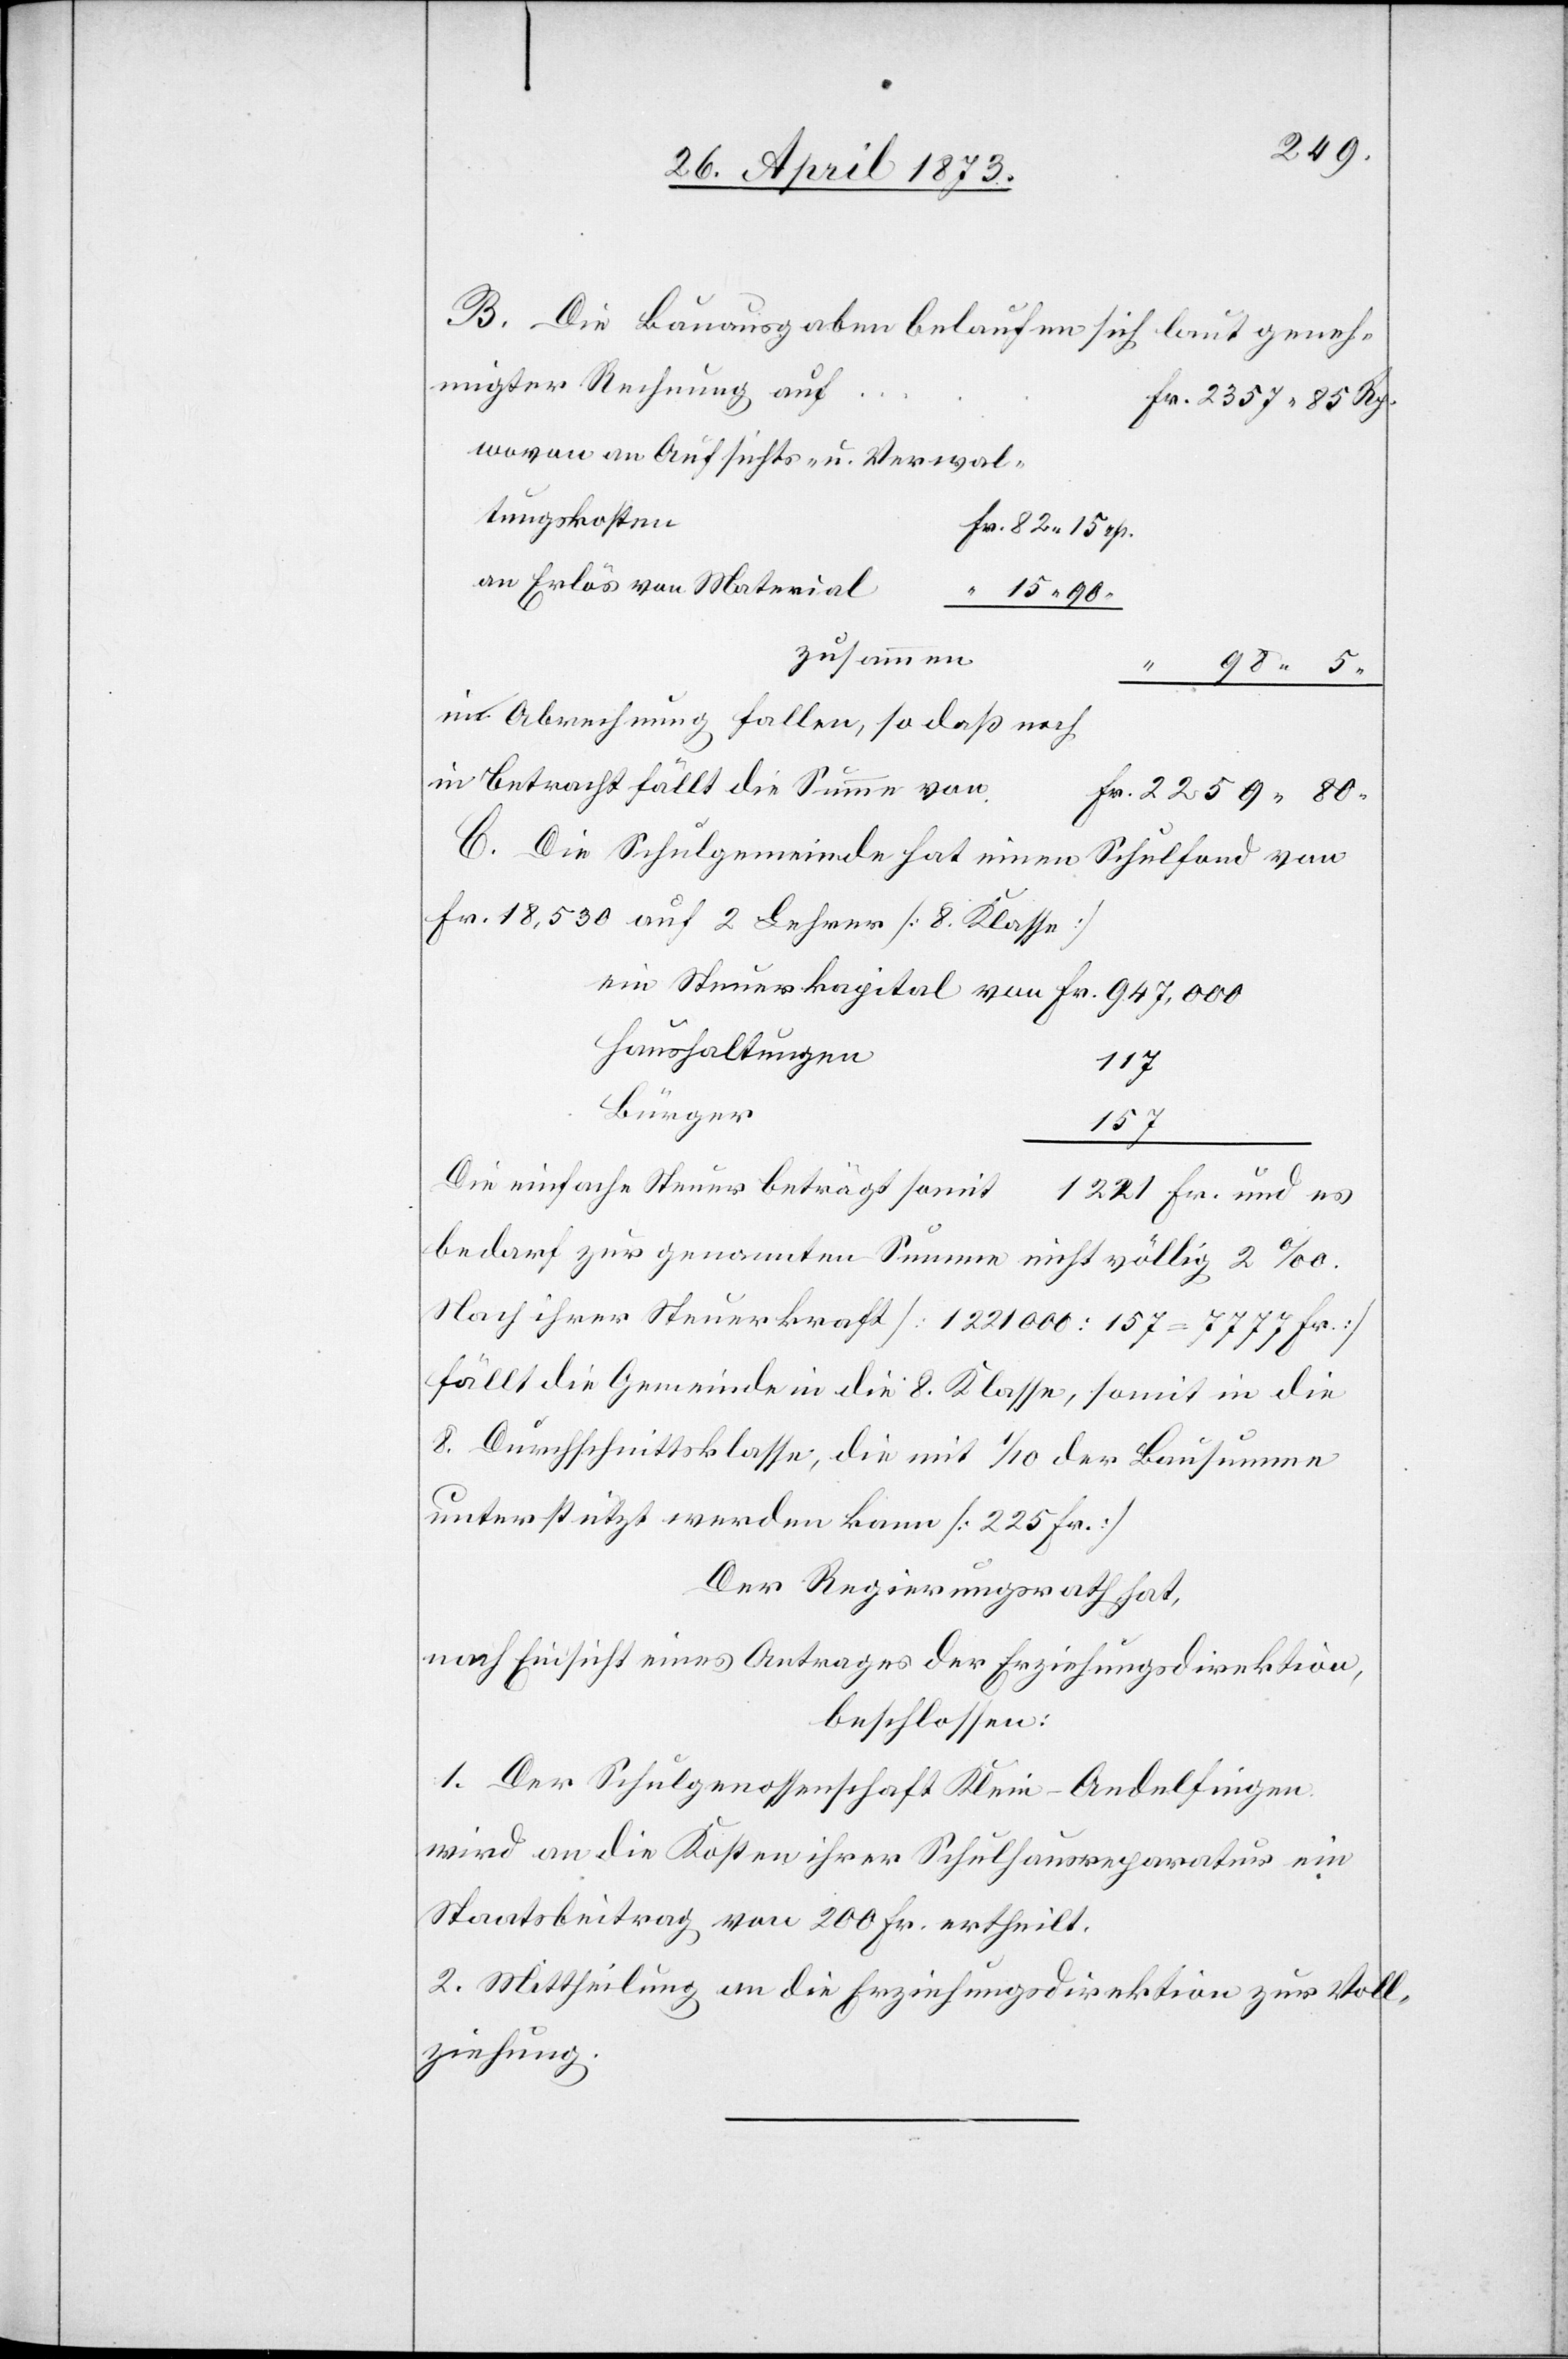
259
B. Die Bauausgaben belaufen sich laut geneh¬
migter Rechnung auf
2357 85 Rp.
wovon an Aufsichts- u. Verwal¬
tungskosten
zusammen
98 5
in Abrechnung fallen, so daß noch
in Betracht fällt die Summe von
C. Die Schulgemeinde hat einen Schulfond von
Fr. 18,530 auf 2 Lehrer [8. Klasse]
Fr.
Haushaltungen
117
Bürger
157
Die einfache Steuer beträgt somit 1 221 Fr. und es
bedarf zur genannten Summe nicht völlig 2‰.
Nach ihrer Steuerkraft [1 221 000 : 157 = 777 Fr.]
fällt die Gemeinde in die 8. Klasse, somit in die
8. Durchschnittsklasse, die mit 1/10 der Bausumme
unterstützt werden kann [225 Fr.]
Der Regierungsrath hat,
nach Einsicht eines Antrages der Erziehungsdirektion,
beschlossen:
1. Der Schulgenossenschaft Klein-Andelfingen
wird an die Kosten ihrer Schulhausreparatur ein
Staatsbeitrag von 200 Fr. ertheilt.
2. Mittheilung an die Erziehungsdirektion zur Voll¬
ziehung.